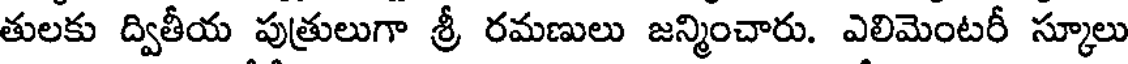
తులకు ద్వితీయ పుత్రులుగా శ్రీ రమణులు జన్మించారు. ఎలిమెంటరీ స్కూలు